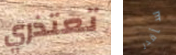
تعتذري سأقدر